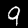
Label: 9